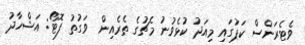
ވެޓެރަންސް ކަޕުަގައި މިއަދު ކުޅެވުނު މެޗުގެ ތެރެއިން  ވަގުތު ފޮޓޯ: އަޝްހާދު